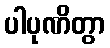
ပါပုဏိတွာ